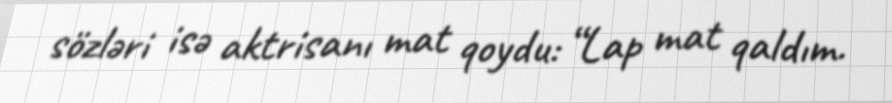
sözləri isə aktrisanı mat qoydu: “Lap mat qaldım.